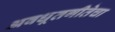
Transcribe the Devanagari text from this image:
अवधूतगीतेचा